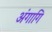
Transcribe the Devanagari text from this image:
अंगागि